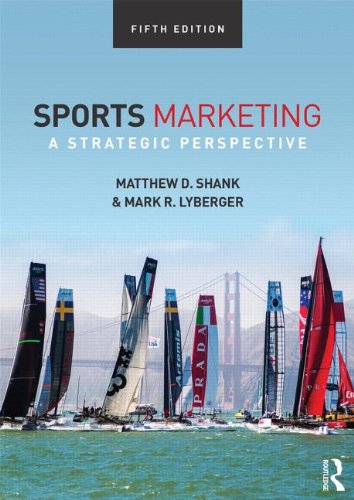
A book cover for Sports Marketing: A Strategic Perspective, 5th edition; Matthew D. Shank; Business & Money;